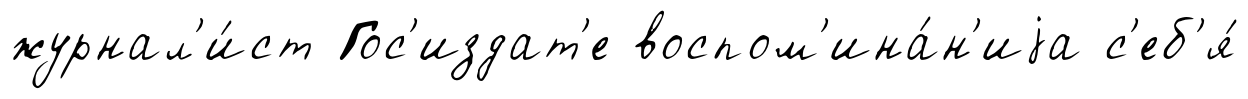
журнал'и́ст Гос'издат'е воспом'ина́н'иjа с'еб'я́